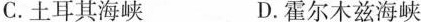
C.土耳其海峡 D.霍尔木兹海峡